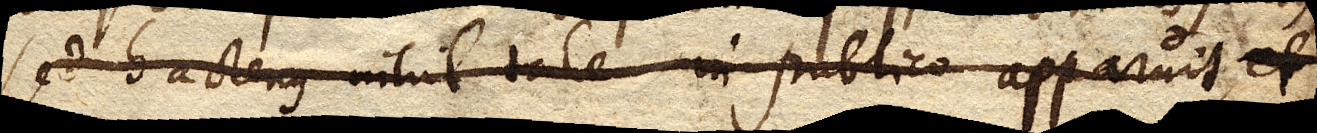
Sed hactenus nihil tale in publico apparuit, et